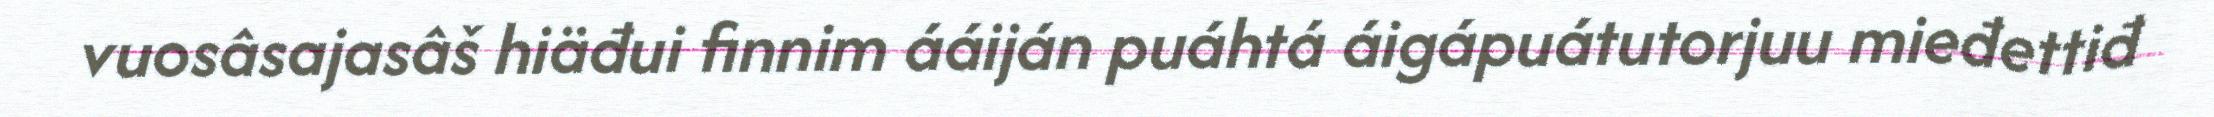
vuosâsajasâš hiäđui finnim ááiján puáhtá áigápuátutorjuu mieđettiđ